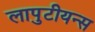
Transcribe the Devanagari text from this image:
लापुटीयन्स